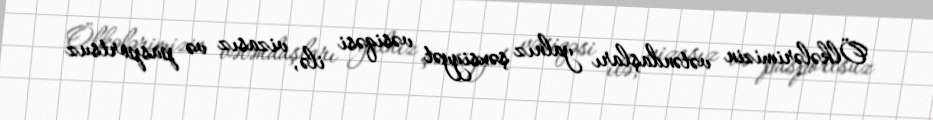
Ölkələrimizin vətəndaşları yalnız şəxsiyyət vəsiqəsi ilə, vizasız və pasportsuz